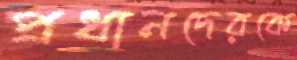
প্রধানদেরকে